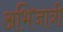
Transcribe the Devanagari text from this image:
अभिजात्री